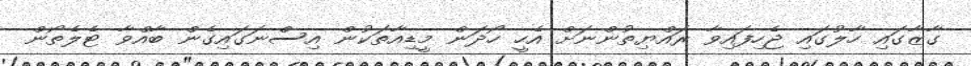
ގާޒާގައި ހާލުގައި ޖެހިފައިވާ ރައްޔިތުންނަށް އެހީ ހޯދަން މީޑިއާތަކުން އިސްނަގައިގެން ބާއްވާ ޓެލެތޯން